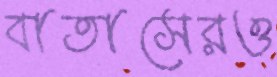
বাতাসেরও